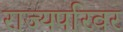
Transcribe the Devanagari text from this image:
राज्यपरिवर